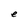
Character: e